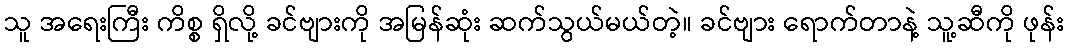
သူ အရေးကြီး ကိစ္စ ရှိလို့ ခင်ဗျားကို အမြန်ဆုံး ဆက်သွယ်မယ်တဲ့။ ခင်ဗျား ရောက်တာနဲ့ သူ့ဆီကို ဖုန်း